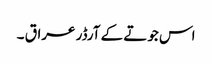
اس جوتے کے آرڈر عراق ۔